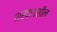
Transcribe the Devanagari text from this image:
श्रद्धाशील